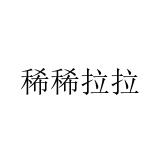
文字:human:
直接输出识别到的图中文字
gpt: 稀稀拉拉